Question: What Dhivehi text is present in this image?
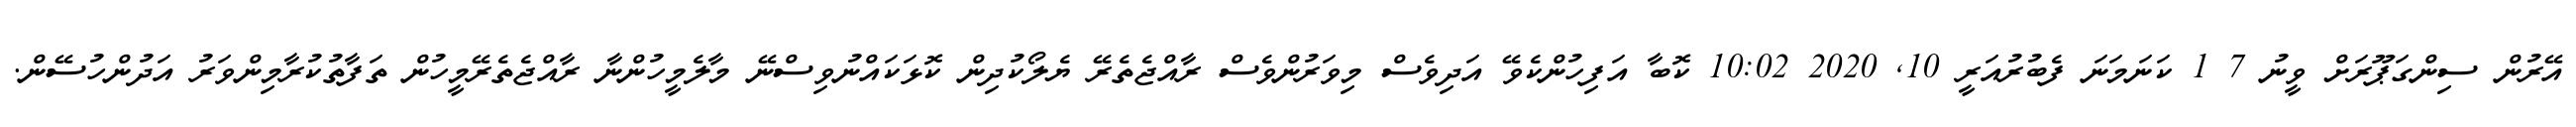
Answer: އޭރުން ސިންގަޕޫރަށް ވީނު 7 1 ކަނަމަނަ ފެބުރުއަރީ 10, 2020 10:02 ކޮބާ އަފިހުންކެވޭ އަދިވެސް މިވަރުންވެސް ރާއްޖެތެރޭ ޔެލޯކުދިން ކޮޅަކައްނުވިސްނޭ މާލެމީހުންނާ ރާއްޖެތެރޭމީހުން ތަފާތުކުރާމިންވަރު އަދުންހުސޭން.